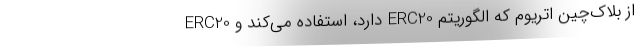
از بلاک‌چین اتریوم که الگوریتم ERC20 دارد، استفاده می‌کند و ERC20